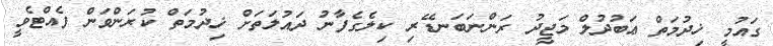
ގައުމީ ޚިދުމަތް ޢަބުދުލް މަޖީދު ރަންނަބަނޑޭރި ކިލެގެފާނު ދައުލަތަށް ޚިދުމަތް ކުރަންވަން ފެއްޓެވީ